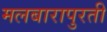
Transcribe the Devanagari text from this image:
मलबारापुरती